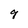
Character: 9